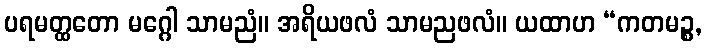
ပရမတ္ထတော မဂ္ဂေါ သာမညံ။ အရိယဖလံ သာမညဖလံ။ ယထာဟ “ကတမဉ္စ,